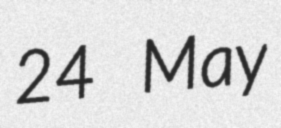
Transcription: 24 May